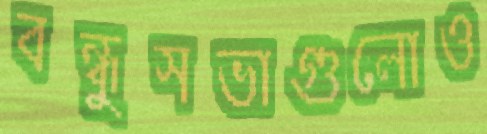
বন্ধুসভাগুলোও